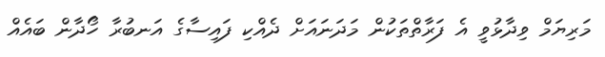
މަރިޔަމް ވިދާޅުވީ އެ ފަރާތްތަކުން މަދަނައަށް ދެއްކި ފައިސާގެ އަނބުރާ ހޯދާން ބައެއް